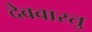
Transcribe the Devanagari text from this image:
देववास्तु